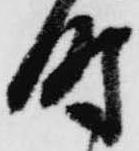
時